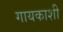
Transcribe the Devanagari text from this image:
गायकाशी